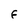
Character: F